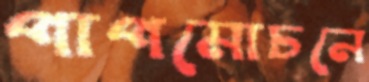
পাপমোচনে